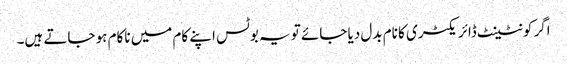
اگر کونٹینٹ ڈائریکٹری کا نام بدل دیا جائے تو یہ بوٹس اپنے کام میں ناکام ہو جاتے ہیں۔